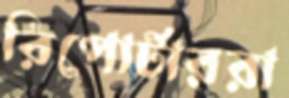
রিপোর্টাররা